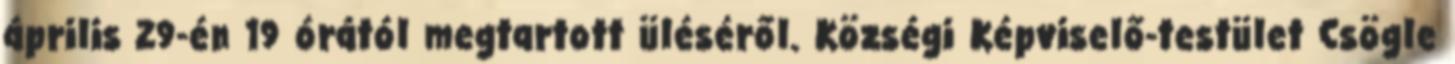
április 29-én 19 órától megtartott üléséről. Községi Képviselő-testület Csögle